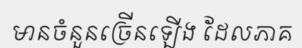
មានចំនួនច្រើនឡើង ដែលភាគ